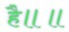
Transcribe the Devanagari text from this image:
है॥॥